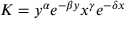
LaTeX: K = y ^ { \alpha } e ^ { - \beta y } x ^ { \gamma } e ^ { - \delta x }